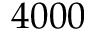
4 0 0 0